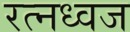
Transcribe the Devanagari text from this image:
रत्नध्वज